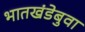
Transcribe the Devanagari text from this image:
भातखंडेबुवा